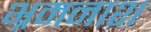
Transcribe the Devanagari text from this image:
भ्रमनाश